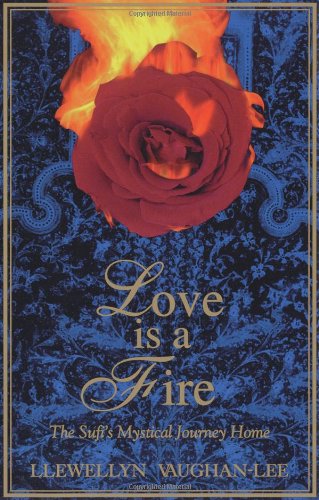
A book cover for Love Is a Fire: The Sufi's Mystical Journey Home; Llewellyn Vaughan-Lee PhD; Religion & Spirituality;